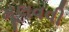
મૂલવવી